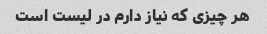
هر چیزی که نیاز دارم در لیست است